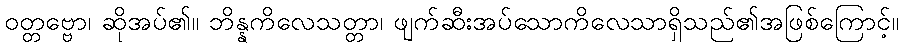
ဝတ္တဗ္ဗော၊ ဆိုအပ်၏။ ဘိန္နကိလေသတ္တာ၊ ဖျက်ဆီးအပ်သောကိလေသာရှိသည်၏အဖြစ်ကြောင့်။